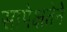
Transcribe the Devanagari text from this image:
सापेक्षतेने